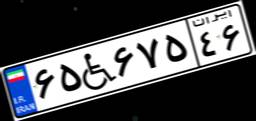
۴۱W۸۳۵۱۶